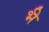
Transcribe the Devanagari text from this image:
भ्‍ी